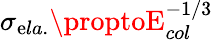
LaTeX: \sigma_{\mathrm{e}la.}\proptoE_{col}^{-1/3}